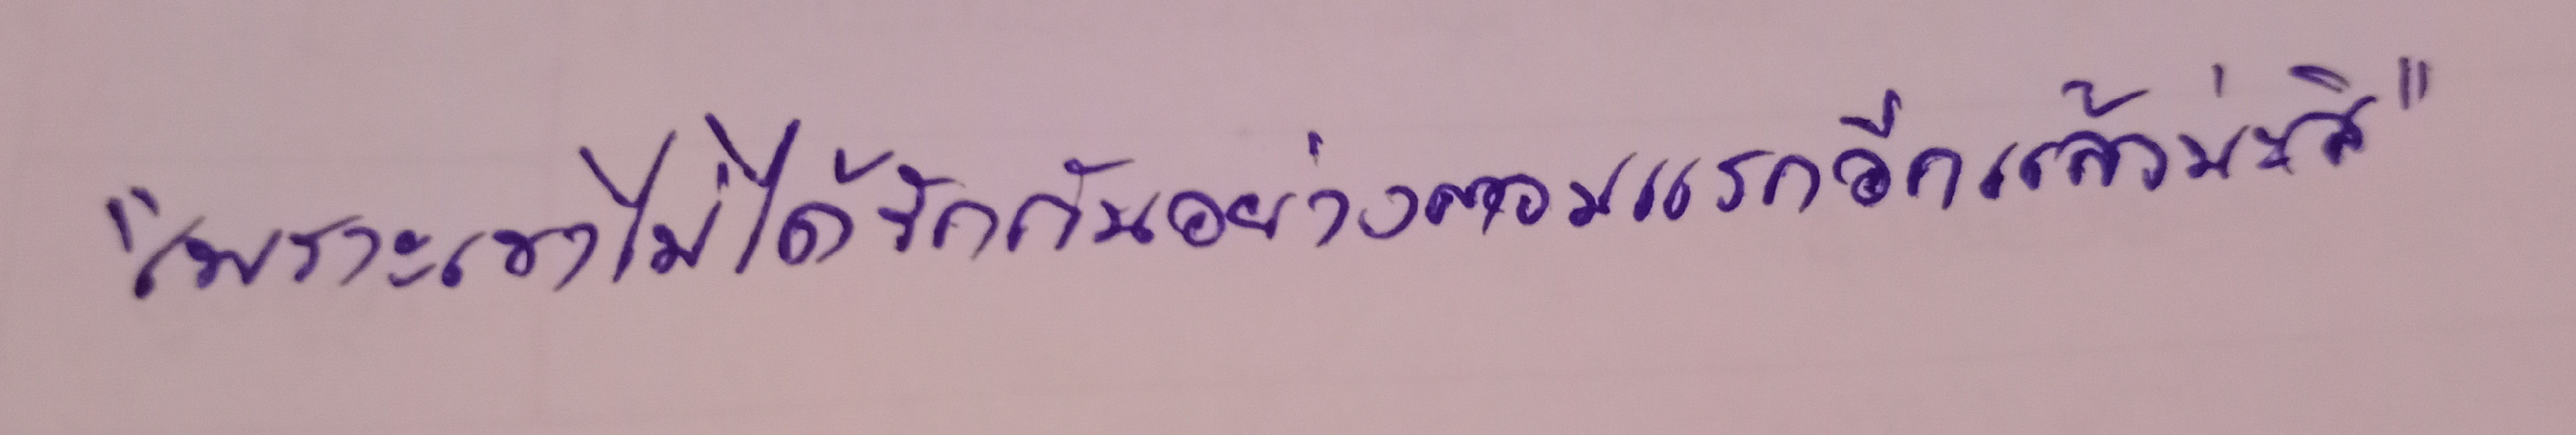
"เพราะเขาไม่ได้รักกันอย่างตอนแรกอีกแล้วน่ะสิ"